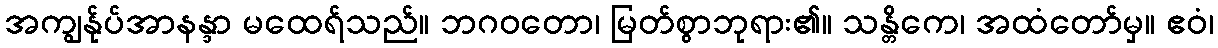
အကျွန်ုပ်အာနန္ဒာ မထေရ်သည်။ ဘဂဝတော၊ မြတ်စွာဘုရား၏။ သန္တိကေ၊ အထံတော်မှ။ ဧဝံ၊